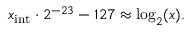
x _ { \mathrm { i n t } } \cdot 2 ^ { - 2 3 } - 1 2 7 \approx \log _ { 2 } ( x ) .